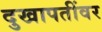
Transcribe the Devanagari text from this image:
दुखापतींवर